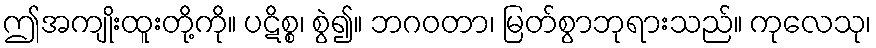
ဤအကျိုးထူးတို့ကို။ ပဋိစ္စ၊ စွဲ၍။ ဘဂဝတာ၊ မြတ်စွာဘုရားသည်။ ကုလေသု၊